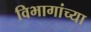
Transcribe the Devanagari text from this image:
विभागांच्‍या